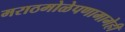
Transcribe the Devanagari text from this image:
मराठमोळेपणामागेही